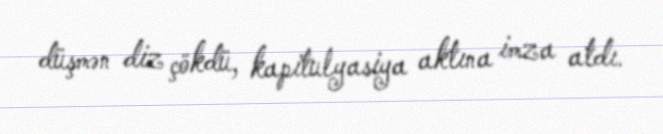
düşmən diz çökdü, kapitulyasiya aktına imza atdı.